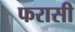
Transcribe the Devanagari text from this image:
फरासी